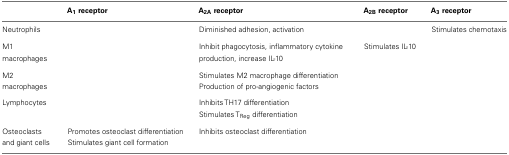
|  | A1 receptor | A2A receptor | A2B receptor | A3 receptor |
 | --- | --- | --- | --- | --- |
 | Neutrophils |  | Diminished adhesion, activation |  | Stimulates chemotaxis |
 | M1 macrophages |  | Inhibit phagocytosis, inflammatory cytokine production, increase IL-10 | Stimulates IL-10 |  |
 | M2 macrophages |  | Stimulates M2 macrophage differentiationProduction of pro-angiogenic factors |  |  |
 | Lymphocytes |  | Inhibits TH17 differentiationStimulates TReg differentiation |  |  |
 | Osteoclasts and giant cells | Promotes osteoclast differentiationStimulates giant cell formation | Inhibits osteoclast differentiation |  |  |